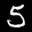
Label: 5